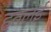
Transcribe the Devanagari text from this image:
हतलई